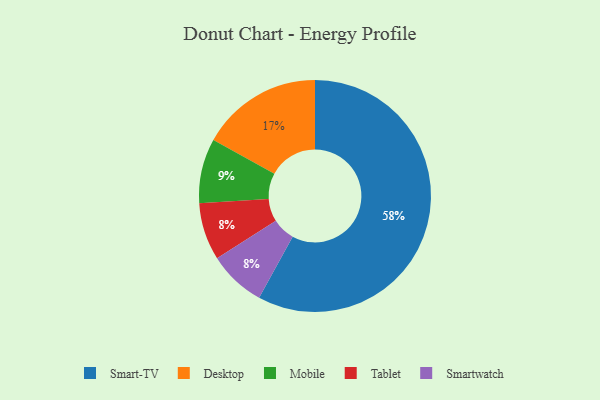
{"axis": {"x": "Category", "y": "Percentage"}, "legend": ["Desktop", "Mobile", "Smart-TV", "Smartwatch", "Tablet"], "data": [{"x": "Mobile", "y": 9, "type": "Mobile"}, {"x": "Desktop", "y": 17, "type": "Desktop"}, {"x": "Smart-TV", "y": 58, "type": "Smart-TV"}, {"x": "Tablet", "y": 8, "type": "Tablet"}, {"x": "Smartwatch", "y": 8, "type": "Smartwatch"}]}